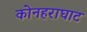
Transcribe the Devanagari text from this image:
कोनहराघाट